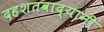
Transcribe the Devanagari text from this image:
दहशतवाद्यानी